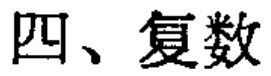
四、复数